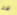
هذه